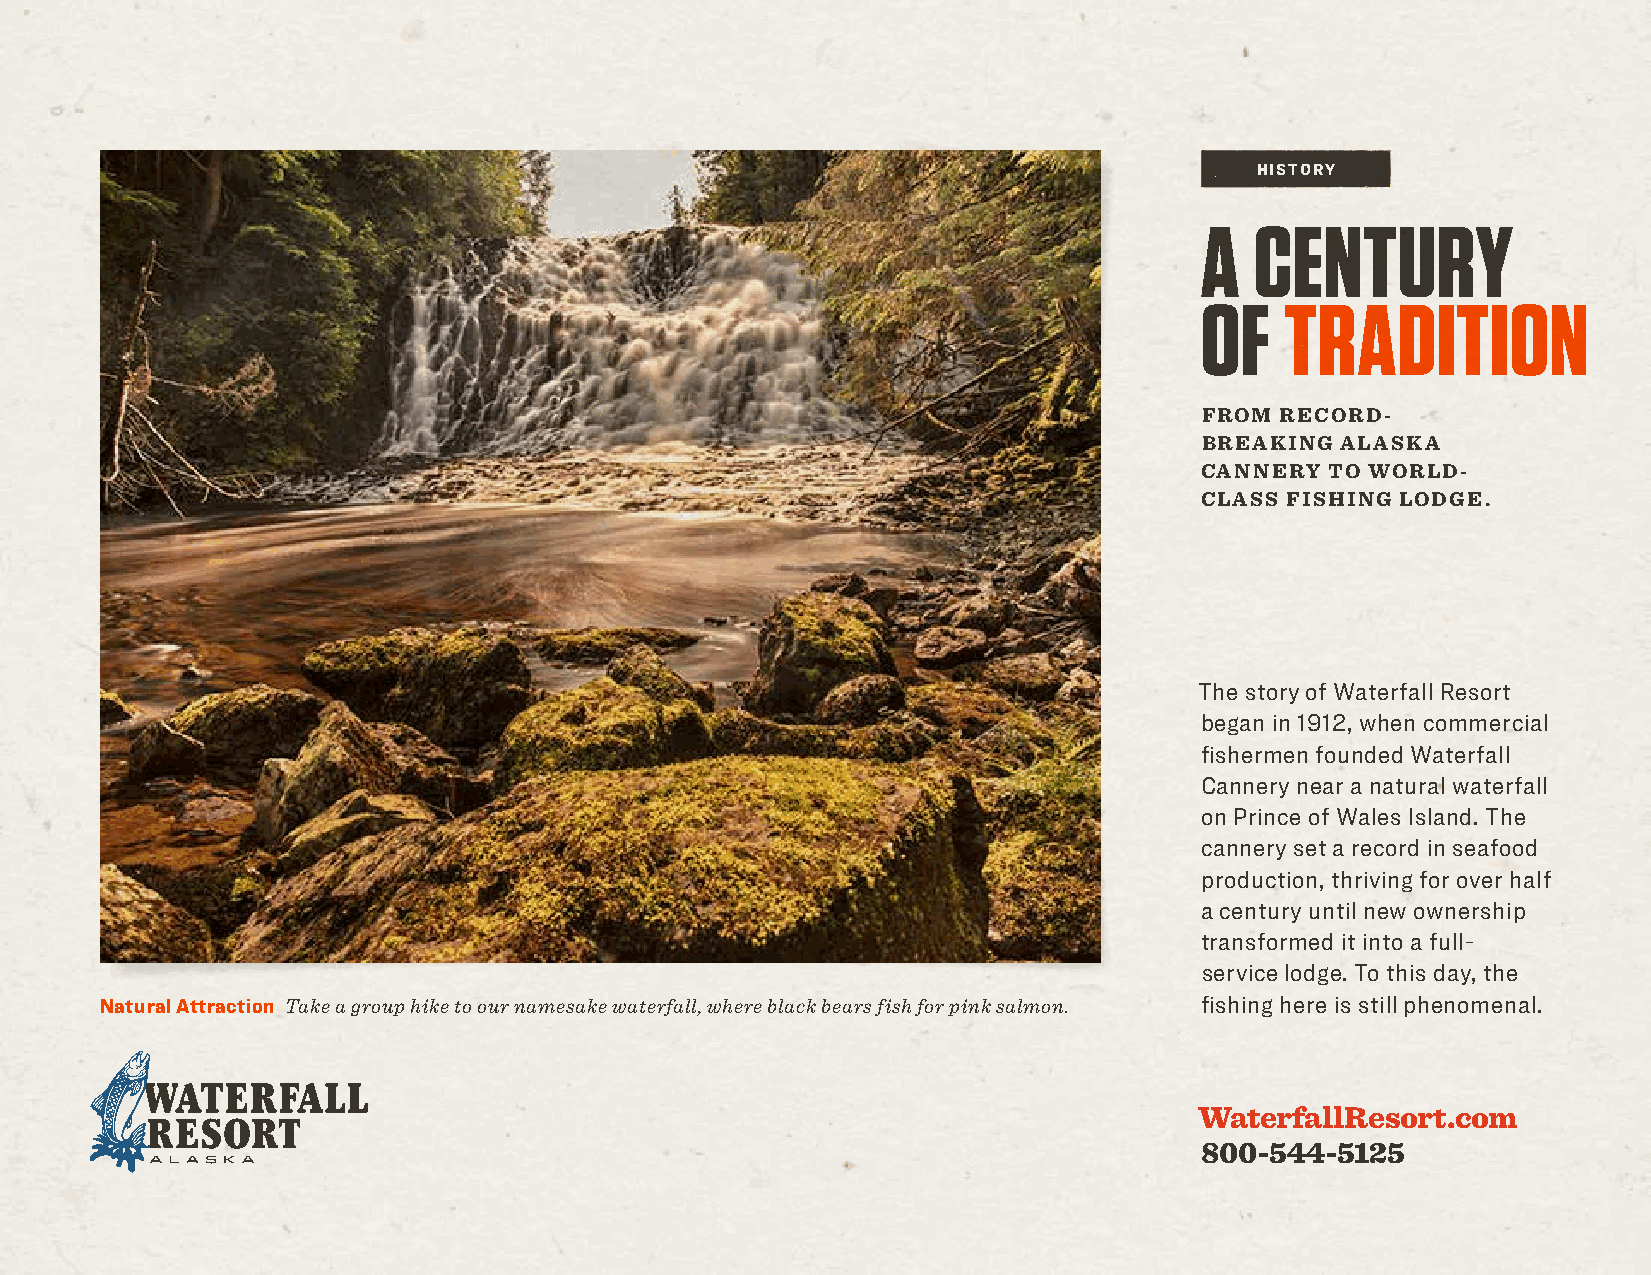
HISTORY
 A   CENTURY
 OF    TRADITION
 FROM RECORD-
 BREAKING ALASKA
 CANNERY  TO WORLD-
 CLASS FISHING LODGE.
 The story of Waterfall Resort
 began in 1912, when commercial
 fishermen founded Waterfall
 Cannery near a natural waterfall
 on Prince of Wales Island. The
 cannery set a record in seafood
 production, thriving for over half
 a century until new ownership
 transformed it into a full-
 service lodge. To this day, the
 Natural Attraction Take a group hike to our namesake waterfall, where black bears fish for pink salmon. fishing here is still phenomenal.
 WaterfallResort.com
 800-544-5125